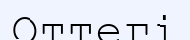
Оттегі